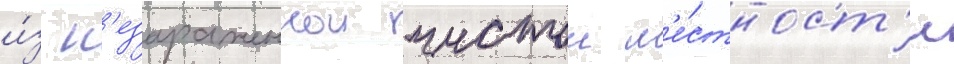
и́з н'езараженнои чистои м'е́стност'и